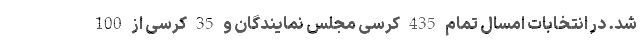
شد. در انتخابات امسال تمام 435 کرسی مجلس نمایندگان و 35 کرسی از 100